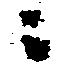
ニ